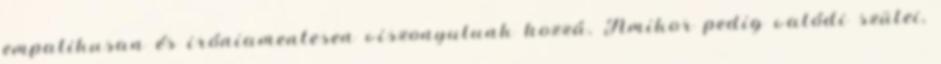
empatikusan és iróniamentesen viszonyulunk hozzá. Amikor pedig valódi szülei,